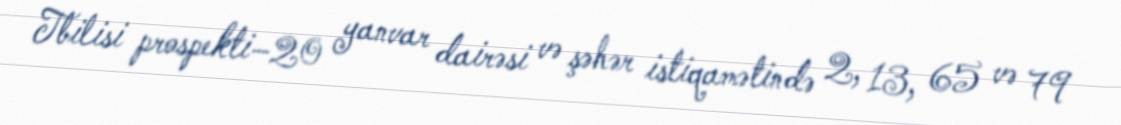
Tbilisi prospekti–20 yanvar dairəsi və şəhər istiqamətində 2, 13, 65 və 79